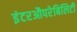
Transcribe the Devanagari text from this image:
इंटरऔपरेबिलिटी